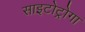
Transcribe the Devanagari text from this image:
साइटोट्रोगा